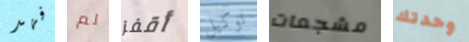
فهد لم أقفز توكيل مشجعات وحدتك